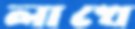
লাখে